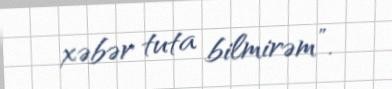
xəbər tuta bilmirəm”.